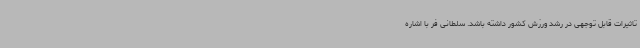
تاثیرات قابل توجهی در رشد ورزش کشور داشته باشد. سلطانی فر با اشاره